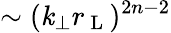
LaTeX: \sim(\mathit{k}_{\perp}r_{\mathrm{{~L~}}})^{2n-2}